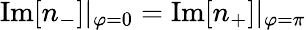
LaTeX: \mathrm{Im}[n_{-}]|_{\varphi=0}=\mathrm{Im}[n_{+}]|_{\varphi=\pi}